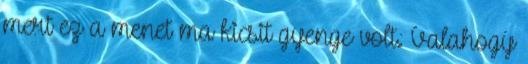
mert ez a menet ma kicsit gyenge volt. Valahogy